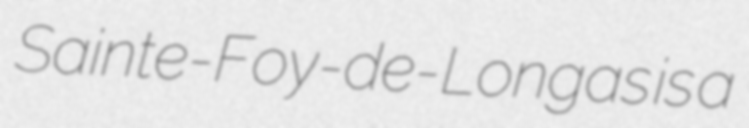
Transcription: Sainte-Foy-de-Longas is a